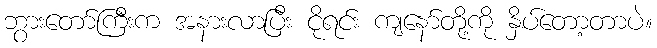
ဘွားတော်ကြီးက အနားလာပြီး ငိုရင်း ကျနော်တို့ကို နှိပ်တော့တာပဲ။